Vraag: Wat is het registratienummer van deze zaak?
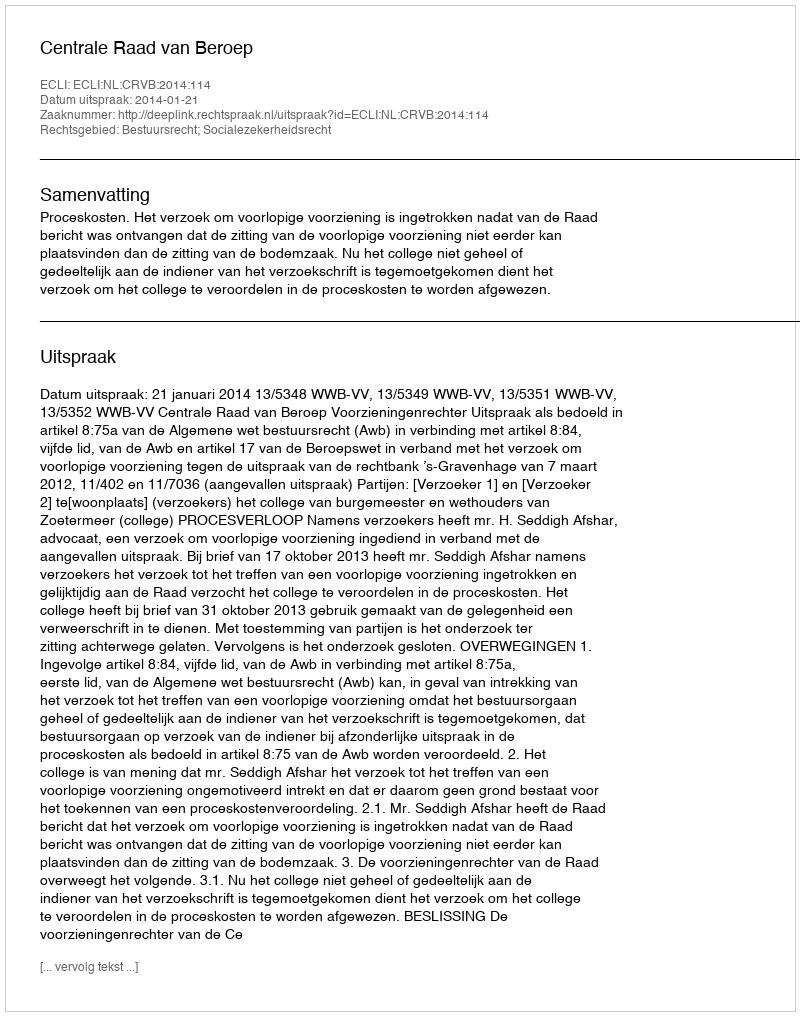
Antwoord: http://deeplink.rechtspraak.nl/uitspraak?id=ECLI:NL:CRVB:2014:114